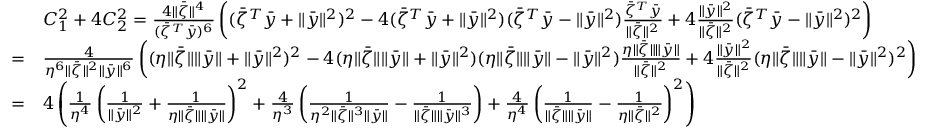
\begin{array} { r l } & { C _ { 1 } ^ { 2 } + 4 C _ { 2 } ^ { 2 } = \frac { 4 \| \bar { \zeta } \| ^ { 4 } } { ( \bar { \zeta } ^ { T } \bar { y } ) ^ { 6 } } \left( ( \bar { \zeta } ^ { T } \bar { y } + \| \bar { y } \| ^ { 2 } ) ^ { 2 } - 4 ( \bar { \zeta } ^ { T } \bar { y } + \| \bar { y } \| ^ { 2 } ) ( \bar { \zeta } ^ { T } \bar { y } - \| \bar { y } \| ^ { 2 } ) \frac { \bar { \zeta } ^ { T } \bar { y } } { \| \bar { \zeta } \| ^ { 2 } } + 4 \frac { \| \bar { y } \| ^ { 2 } } { \| \bar { \zeta } \| ^ { 2 } } ( \bar { \zeta } ^ { T } \bar { y } - \| \bar { y } \| ^ { 2 } ) ^ { 2 } \right) } \\ { = } & { \frac { 4 } { \eta ^ { 6 } \| \bar { \zeta } \| ^ { 2 } \| \bar { y } \| ^ { 6 } } \left( ( \eta \| \bar { \zeta } \| \| \bar { y } \| + \| \bar { y } \| ^ { 2 } ) ^ { 2 } - 4 ( \eta \| \bar { \zeta } \| \| \bar { y } \| + \| \bar { y } \| ^ { 2 } ) ( \eta \| \bar { \zeta } \| \| \bar { y } \| - \| \bar { y } \| ^ { 2 } ) \frac { \eta \| \bar { \zeta } \| \| \bar { y } \| } { \| \bar { \zeta } \| ^ { 2 } } + 4 \frac { \| \bar { y } \| ^ { 2 } } { \| \bar { \zeta } \| ^ { 2 } } ( \eta \| \bar { \zeta } \| \| \bar { y } \| - \| \bar { y } \| ^ { 2 } ) ^ { 2 } \right) } \\ { = } & { 4 \left( \frac { 1 } { \eta ^ { 4 } } \left( \frac { 1 } { \| \bar { y } \| ^ { 2 } } + \frac { 1 } { \eta \| \bar { \zeta } \| \| \bar { y } \| } \right) ^ { 2 } + \frac { 4 } { \eta ^ { 3 } } \left( \frac { 1 } { \eta ^ { 2 } \| \bar { \zeta } \| ^ { 3 } \| \bar { y } \| } - \frac { 1 } { \| \bar { \zeta } \| \| \bar { y } \| ^ { 3 } } \right) + \frac { 4 } { \eta ^ { 4 } } \left( \frac { 1 } { \| \bar { \zeta } \| \| \bar { y } \| } - \frac { 1 } { \eta \| \bar { \zeta } \| ^ { 2 } } \right) ^ { 2 } \right) } \end{array}